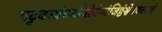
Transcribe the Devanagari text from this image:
पट्टवस्त्रंचकौशेयंमांजिष्ठंश्वेतवस्त्रकं